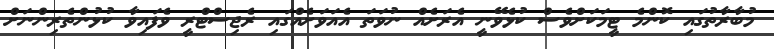
މުބާރާތުގައި ކޮންމެ ޓީމަކަށްވެސް ކުޅެވޭނީ އެރަށެއް ނުވަތަ އެއަވަށެއްގައި ރެޖިސްޓްރީ ވެފައިވާ ކުޅުންތެރިންނަށް